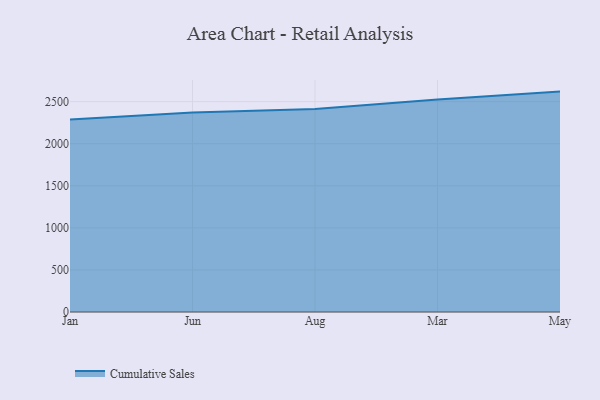
{"axis": {"x": "Month", "y": "Churn Rate (%)"}, "legend": ["Cumulative Sales"], "data": [{"x": "Jan", "y": 2288.4, "type": "Cumulative Sales"}, {"x": "Jun", "y": 2370.4, "type": "Cumulative Sales"}, {"x": "Aug", "y": 2413.6, "type": "Cumulative Sales"}, {"x": "Mar", "y": 2526.0, "type": "Cumulative Sales"}, {"x": "May", "y": 2619.4, "type": "Cumulative Sales"}]}